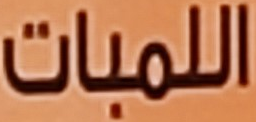
اللمبات